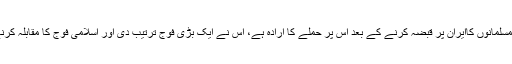
خاقان نے خیال کیا کہ مسلمانوں کاایران پر قبضہ کرنے کے بعد اس پر حملے کا ارادہ ہے، اس نے ایک بڑی فوج ترتیب دی اور اسلامی فوج کا مقابلہ کرنے مرورود تک چلا آیا۔